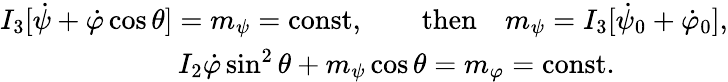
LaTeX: \begin{array}{r}{I_{3}[\dot{\psi}+\dot{\varphi}\cos\theta]=m_{\psi}=\mathrm{const},\qquad\mathrm{then}\quad m_{\psi}=I_{3}[\dot{\psi}_{0}+\dot{\varphi}_{0}],}\\ {I_{2}\dot{\varphi}\sin^{2}\theta+m_{\psi}\cos\theta=m_{\varphi}=\mathrm{const}.\qquad\qquad}\end{array}